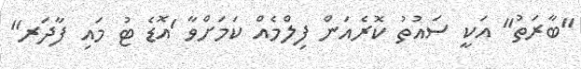
"ބާރަތު" އަކީ ސައުތު ކޮރެއަން ފިލްމެއް ކަމަށްވާ 'އޮޑެ ޓު މައި ފާދަރ"